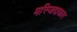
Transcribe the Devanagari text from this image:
मस्जिदाकार